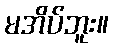
မအိပ်ဘူး။